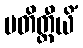
ပတိတ္ထီယိံ